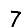
Digit: 7